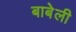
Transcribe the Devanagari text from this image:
बाबेली